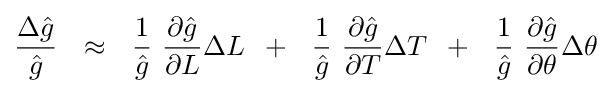
{{\Delta {\hat {g}}} \over {\hat {g}}}\,\,\,\,\approx \,\,\,\,{1 \over {\hat {g}}}\,\,{{\partial {\hat {g}}} \over {\partial L}}\Delta L\,\,\,+\,\,\,\,{1 \over {\hat {g}}}\,\,{{\partial {\hat {g}}} \over {\partial T}}\Delta T\,\,\,+\,\,\,\,{1 \over {\hat {g}}}\,\,{{\partial {\hat {g}}} \over {\partial \theta }}\Delta \theta